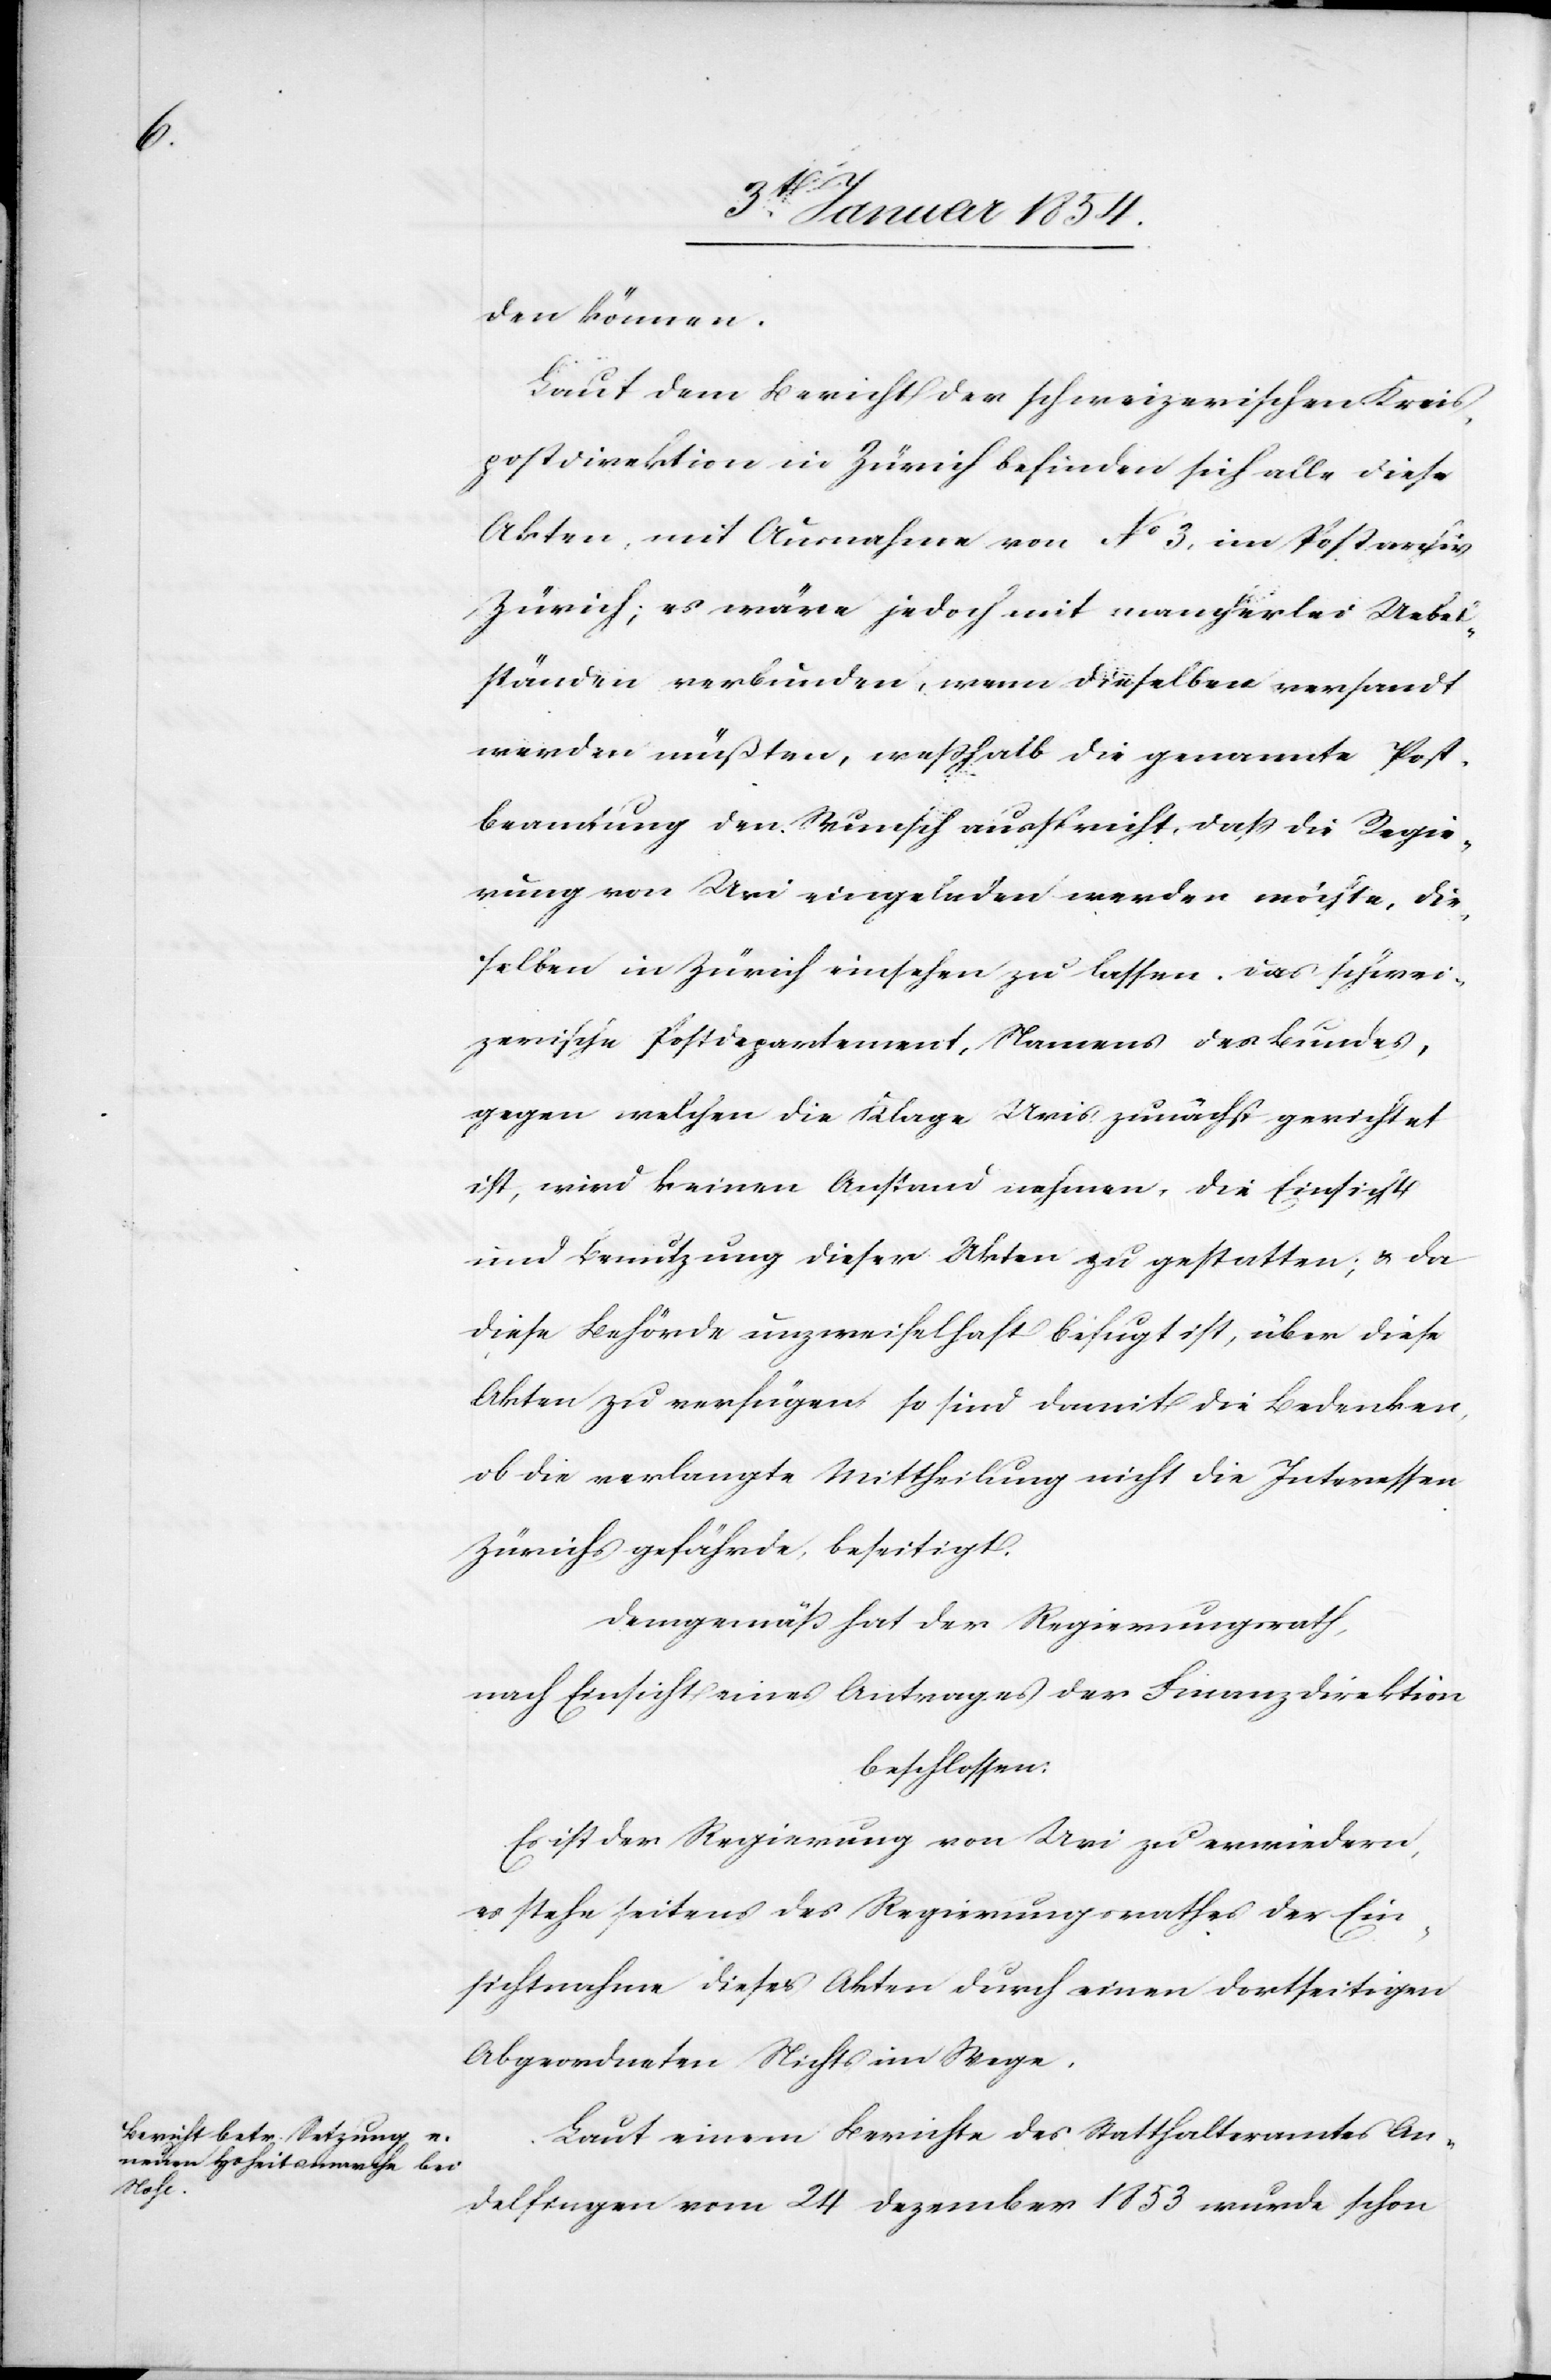
den können.
Laut dem Bericht der schweizerischen Kreis¬
postdirektion in Zürich befinden sich alle diese
Akten, mit Ausnahme von No 3, im Postarchiv
Zürich; es wäre jedoch mit mancherlei Uebel¬
ständen verbunden, wenn dieselben versandt
werden müßten, weßhalb die genannte Post¬
beamtung den Wunsch ausspricht, daß die Regie¬
rung von Uri eingeladen werden möchte, die¬
selben in Zürich einsehen zu lassen. Das schwei¬
zerische Postdepartement, Namens des Bundes,
gegen welchen die Klage Uris zunächst gerichtet
ist, wird keinen Anstand nehmen, die Einsicht
und Benutzung dieser Akten zu gestatten; u. da
diese Behörde unzweifelhaft befugt ist, über diese
Akten zu verfügen so sind damit die Bedenken,
ob die verlangte Mittheilung nicht die Interessen
Zürichs gefährde, beseitigt.
Demgemäß hat der Regierungsrath,
nach Einsicht eines Antrages der Finanzdirektion
beschlossen:
Es ist der Regierung von Uri zu erwiedern,
es stehe seitens des Regierungsrathes der Ein¬
sichtnahme dieser Akten durch einen dortseitigen
Abgeordneten Nichts im Wege.
Laut einem Berichte des Statthalteramtes An¬
delfingen vom 24 Dezember 1853 wurde schon